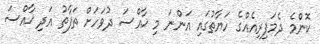
ކޮންމެ ދެމަފިރިއެއްގެ ހަޔާތުގައި އަންނަ މި ޚާއްސަ ދުވަހަށް ތަފާތު އަދި ޚާއްސަ